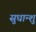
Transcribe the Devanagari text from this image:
सुधान्शु